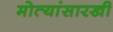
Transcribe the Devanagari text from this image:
मोत्यांसारखी